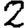
Digit: 2